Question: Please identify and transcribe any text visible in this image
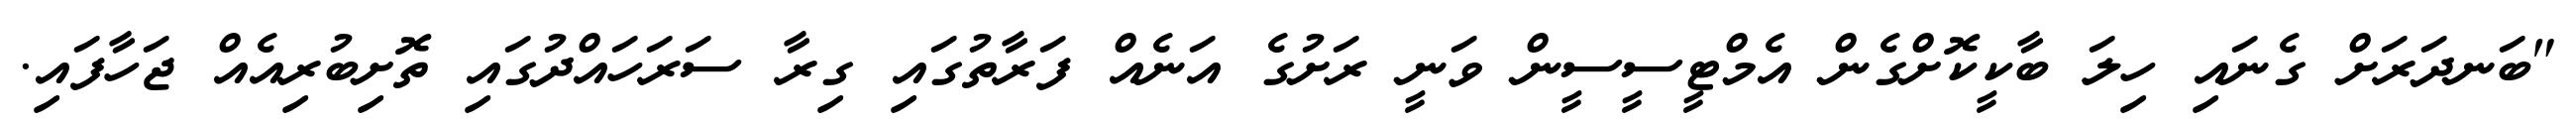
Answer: "ބަނދަރަށް ގެނައި ހިލަ ބާކީކޮށްގެން އެމްޓީސީސީން ވަނީ ރަށުގެ އަނެއް ފަރާތުގައި ގިރާ ސަރަހައްދުގައި ތޮށިބުރިއެއް ޖަހާފައި.